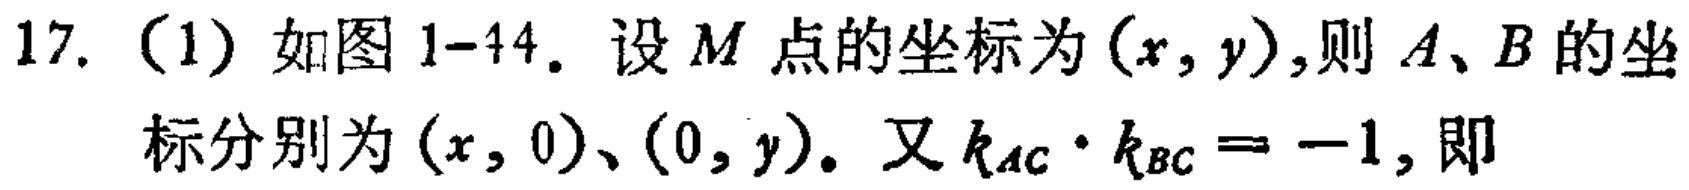
17.（1）如图1-44. 设\(M\)点的坐标为\((x,y)\),则\(A、B\)的坐标分别为\((x,0)\)、\((0,y)\). 又\(k_{AC}\cdot k_{BC}=-1\),即